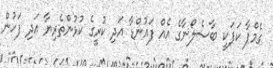
ގެމްޕާ ކަޕަކީ ބާސެލޯނާގެ އެއް ފައުންޑާ އަދި ކުރީގެ ކުޅުންތެރިޔާ އަދި ފަހުން